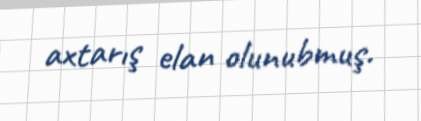
axtarış elan olunubmuş.